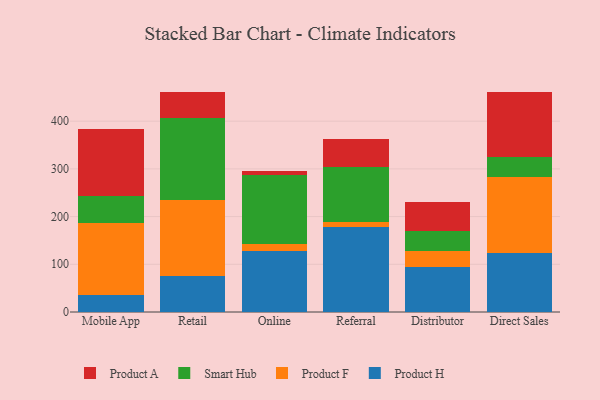
{"axis": {"x": "Channel", "y": "Gross Profit (USD K)"}, "legend": ["Product A", "Product F", "Product H", "Smart Hub"], "data": [{"x": "Mobile App", "y": 36.5, "type": "Product H"}, {"x": "Mobile App", "y": 150.5, "type": "Product F"}, {"x": "Mobile App", "y": 57.1, "type": "Smart Hub"}, {"x": "Mobile App", "y": 138.5, "type": "Product A"}, {"x": "Retail", "y": 75.8, "type": "Product H"}, {"x": "Retail", "y": 158.2, "type": "Product F"}, {"x": "Retail", "y": 173.3, "type": "Smart Hub"}, {"x": "Retail", "y": 54.7, "type": "Product A"}, {"x": "Online", "y": 128.2, "type": "Product H"}, {"x": "Online", "y": 13.9, "type": "Product F"}, {"x": "Online", "y": 144.3, "type": "Smart Hub"}, {"x": "Online", "y": 9.1, "type": "Product A"}, {"x": "Referral", "y": 179.0, "type": "Product H"}, {"x": "Referral", "y": 9.3, "type": "Product F"}, {"x": "Referral", "y": 116.6, "type": "Smart Hub"}, {"x": "Referral", "y": 57.7, "type": "Product A"}, {"x": "Distributor", "y": 94.9, "type": "Product H"}, {"x": "Distributor", "y": 32.7, "type": "Product F"}, {"x": "Distributor", "y": 41.3, "type": "Smart Hub"}, {"x": "Distributor", "y": 62.1, "type": "Product A"}, {"x": "Direct Sales", "y": 123.7, "type": "Product H"}, {"x": "Direct Sales", "y": 159.2, "type": "Product F"}, {"x": "Direct Sales", "y": 42.8, "type": "Smart Hub"}, {"x": "Direct Sales", "y": 134.8, "type": "Product A"}]}